Vital statistics of India. Vol. V, Reports of 1876 on armies & jails and on epidemic cholera
Year: 1876
Disease focus: Cholera
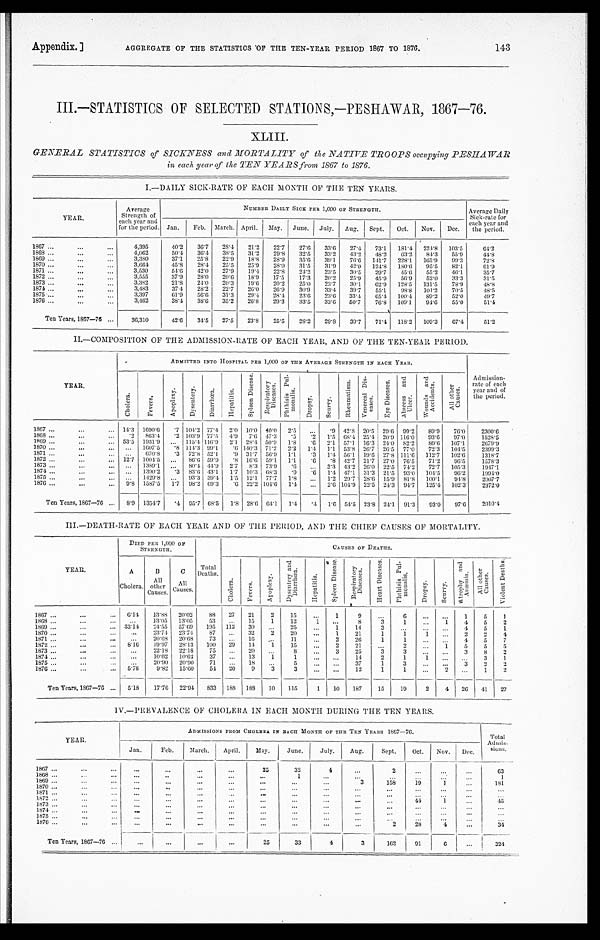
Appendix.]
AGGREGATE OF THE STATISTICS OF THE TEN-YEAR PERIOD 1867 TO 1876.
143
III.—STATISTICS OF SELECTED STATIONS,—PESHAWAR, 1867—76.
XLIII.
GENERAL STATISTICS of SICKNESS and MORTALITY of the NATIVE TROOPS occupying PESHAWAR
in each year of the TEN YEARS from 1867 to 1876.
I.—DAILY SICK-RATE OF EACH MONTH OF THE TEN YEARS.
YEAR.
Average
Strength of
each year and
for t he peri od.
NUMBER DAILY SICK PER 1,000 OF STRENGTH.
Average Daily
Sick-rate for
each year and
the period.
Jan.
Feb. March. April.
May.
June. July.
Aug.
Sept.
Oct.
Nov.
Dec.
1867 . . .
4,395
40.2
36.7
28.4
21.2
22.7
27.6
33.6
27.4
73.1
181.4
224.8
103.5
64.2
1868 . . .
4,062
50.4
36.4
38.5
31.2
29.8
32.5
33.2
43.2
48.2
63.2
84.3
55.9
44.8
1869 . . .
3,380
37.1
25.8
22.9
18.8
2 8 . 9 35.6
39.1
76.6
141.7
228.1
165.9
99.3
72.8
1870 . . .
3,664
45.8
28.4
25.5
25.9
28.0
31.5
31.9
42.0
124.8
180.6
95.5
82.1
61.9
1871 . . .
3,530
54.6
42.0
27.9
19.4
22.8
24.2
23.5
30.5
29.7
45.6
55.2
46.1
35.7
1872 . . .
3,555
37.9
28.0
20.6
18.9
17.5
17.3
2 0 . 2
25.9
45.9
56.9
52.0
33.3
31.5
1873 . . .
3,382
21.8
24.0
20.3
19.6
20.2
25.0
23.7
30.1
62.9
128.5
131.5
78.9
48.8
1874 . . .
3,483
37.4
28.2
22.7
26.0
26.9
30.9
33.4
39.7
55.1
98.8
101.2
70.5
48.5
1875 . . .
3,397
61.9
56.6
31.3
29.4
28.4
23.6
23.6
33.4
65.4
100.4
89.2
52.0
49.7
1876 . . .
3,462
38.4
38.6
35.2
26.8
29.3
33.5
33.6
50.7
76.8
109.1
94.6
55.0
5 1 . 4
Ten Years, 1867—76 . . .
36,310
42.6
34.5
27.5
23.8
25.5
28.2
29.8
39.7
71.4
118.2
109.3
67.4
51.2
II.—COMPOSITION OF THE ADMISSION-RATE OF EACH YEAR, AND OF THE TEN-YEAR PERIOD.
YEAR.
ADMITTED INTO HOSPITAL PER 1,000 OF THE AVERAGE STRENGTH IN EACH YEAR.
Admission -
rate of each
year and of
the period.
Chol er a.
F e v e r s .
A p o p l e x y .
D y s e n t e r y .
D i a r r h œ a .
H e p a t i t i s .
S p l e e n D i s e a s e .
R e s p i r a t o r y D i s e a s e .
P h t h i s i s P u l - m o n a l i s .
D r o p s y .
S c u r v y .
R h e u m a t i s m . V e n e r e a l D i s - e a s e s .
E y e D i s e a s e s .
A b s c e s s a n d U l s e r .
W o u n d s a n d A c c i d e n t s .
A l l o t h e r c a u s e s .
1867 . . . 14.3 1690.6
.7 104.2 77.4
2.0 10.0 40.0
2.5
. . .
.9 42.8 20.5 29.6 99.2
89.9
76.0
2300.6
1868 . . .
.2
863.4
.2 103.9 77.5
4.9
7.6 47.3
.5
.2
1.5 68.4 25.4 20.9 116.0
93.6
97.0
1528.5
1869 . . . 53.5 1931.9
. . .
115.4 116.9
2.1 28.4 50.9
1.8
.6
2.1
57.1 16.3 24.0 82.2
89.6 107.1
2679.9
1870 . . .
. . .
1607.5
.8 114.3
9 9 . 1
. 6 140.3 71.2
2.2
1.4
1.1 53.8 26.7 26.5 77.0
7 2 . 3 104.5
2399.3
1871 . . .
. . .
670.8
.3 72.8 52.1
.9 31.7 56.9
1.1 .3
1.4 56.1 19.6 27.8 111.6
112.7
102.6
1318.7
1872 . . .
12.7 1004.5
. . .
86.6 59.9
. 8 16.6 59.1
1.1
.6
.8 42.7 21.7 27.0 76.5
71.2
96.5
1578.3
1873 . . .
. . .
1389.1
. . .
80.4 44.9
2.7
8.3 73.9
. 6
. . . 3.3 43.2 26.0 22.5 74.2
72.7
105.3
1947.1
1874 . . .
. . .
1390.2
. 3
83.6 43.1
1.7 10.3 68.3
.9
. 6
1.4 47.1 31.3 21.5 93.0
104.5
96.2
1994.0
1875 . . .
. . .
1429.8
. . .
93.3 39.4
1.5 12.1 77.7
1.8
. . . 1.2 29.7 28.6 15.9 81.8
100.1
94.8
2007.7
1876 . . .
9.8 1587.5
1.7 98.2 69.3
. 6 22.2 104.6 1.4
. . . 2.6 104.9 22.5 24.3 94.7
125.4 102.3
2372.0
Ten Years, 1867—76 . . .
8.9 1354.7
.4 95.7 68.5
1.8 28.6 64.1
1.4
. 4 1.6 54.5 23.8 24.1 91.3
93.0
97.6
2010.4
III.—DEATH-RATE OF EACH YEAR AND OF THE PERIOD, AND THE CHIEF CAUSES OF MORTALITY.
YEAR.
DIED PER 1,000 OF
STRENGTH.
Total
Deaths.
CAUSES OF DEATHS.
A
Cholera.
B
All
other C a u s e s .
C
All
Causes.
C h o l e r a .
F e v e r s .
A p o p l e x y .
D y s e n t e r y a n d D i a r r h œ a .
H e p a t i t i s .
S p l e e n D i s e a s e s .
R e s p i r a t o r y D i s e a s e s .
H e a r t D i s e a s e s .
P h t h i s i s P u l - m o n a l i s .
D r o p s y .
S c u r v y .
A t r o p h y a n d A n æ m i a .
A l l o t h e r c a u s e s .
V i o l e n t D e a t h s .
1867 . . .
6.14
13.88
20.02
88
27
21
2
1 5
. . .
1
9
. . .
6
. . .
. . .
1
5
1
1868 . . .
. . .
13.05
13.05
53
. . .
15
1
12
1
. . .
8
3
1
. . .
1
4
5
2
1869 . . . 33.14
24.55
57.69
195
112
30
. . .
2 5
. . .
1
14
3
. . .
. . .
. . .
4
5
1
1870 . . .
. . .
23.74
23.74
87
. . .
32
2
20
. . .
1
21
1
1
1
. . .
2
2
4
1871 . . .
. . .
20.68
20.68
73
. . .
16
. . .
11
. . .
2
2 6
1
1
. . .
. . .
4
5
7
1872 . . .
8.16
19.97
28.13
100
29
14
1
1 5
. . .
2
21
. . .
2
. . .
1
5
5
5
1873 . . .
. . .
22.18
22.18
75
. . .
20
. . .
8
. . .
3
2 5
3
3
. . .
. . .
3
8
2
1874 . . .
. . .
10.62
10.62
3 7
. . .
13
1
1
. . .
. . .
14
2
1
1
. . .
. . .
3
1
1875 . . .
. . .
20.90
20.90
71
. . .
18
. . .
5
. . .
. . .
37
1
3
. . .
. . .
3
2
2
1876 . . .
5.78
9.82
15.60
54
20
9
3
3
. . .
. . .
12
1
1
. . .
2
. . .
1
2
Ten Years, 1867—76 . . .
5.18
17.76
22.94
833
188
188
10
115
1
10
187
15
19
2
4
26
41
27
IV.—PREVALENCE OF CHOLERA IN EACH MONTH DURING THE TEN YEARS.
YEAR.
ADMISSIONS FROM CHOLERA IN EACH MONTH OF THE TEN YEARS 1867—76.
Total
Admis-sions.
Jan.
Feb.
March. April.
May.
June.
July.
Aug.
Sept.
Oct.
Nov.
Dec.
1867 . . .
. . .
. . .
. . .
. . .
25
32
4
. . .
2
. . .
. . .
. . .
63
1868 . . .
. . .
. . .
. . .
. . .
. . .
1
. . .
. . .
. . .
. . .
. . .
. . .
1
1869 . . .
. . .
. . .
. . .
. . .
. . .
. . .
. . .
3
158
19
1
. . .
181
1870 . . .
. . .
. . .
. . .
. . .
. . .
. . .
. . .
. . .
. . .
. . .
. . .
. . .
. . .
1871 . . .
. . .
. . .
. . .
. . .
. . .
. . .
. . .
. . .
. . .
. . .
. . .
. . .
. . .
1 8 7 2 . . .
. . .
. . .
. . .
. . .
. . .
. . .
. . .
. . .
. . .
4 4
1
. . .
4 5
1873 . . .
. . .
. . .
. . .
. . .
. . .
. . .
. . .
. . .
. . .
. . .
. . .
. . .
. . .
1874 . . .
. . .
. . .
. . .
. . .
. . .
. . .
. . .
. . .
. . .
. . .
. . .
. . .
. . .
1875 . . .
. . .
. . .
. . .
. . .
. . .
. . .
. . .
. . .
. . .
. . .
. . .
. . .
. . .
1 876 . . .
. . .
. . .
. . .
. . .
. . .
. . .
. . .
. . .
2
28
4
. . .
3 4
Ten Years, 1867—76 . . .
. . .
. . .
. . .
. . .
25
33
4
3
162
91
6
. . .
3 2 4